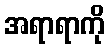
အရာရာကို